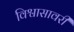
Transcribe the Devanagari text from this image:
विश्वासावरी